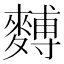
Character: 𪍡